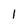
Character: 1